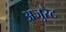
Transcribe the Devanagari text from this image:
अजुरैट